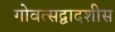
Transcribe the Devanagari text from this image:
गोवत्सद्वादशीस